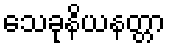
သေခုနိယနတ္တာ